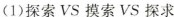
(1)探索VS摸索VS探求